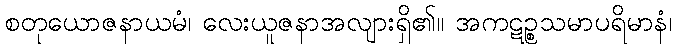
စတုယောဇနာယမံ၊ လေးယူဇနာအလျားရှိ၏။ အကဋဉ္စသမာပရိမာနံ၊